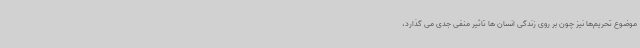
موضوع تحریم‌ها نیز چون بر روی زندگی انسان ها تاثیر منفی جدی می گذارد،